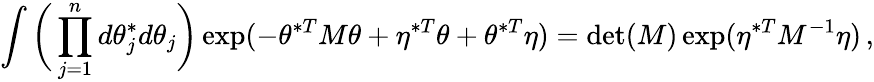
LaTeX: \int\bigg(\prod_{j=1}^{n}d\theta_{j}^{*}d\theta_{j}\bigg)\exp(-\theta^{*T}M\theta+\eta^{*T}\theta+\theta^{*T}\eta)=\operatorname*{det}(M)\exp(\eta^{*T}M^{-1}\eta)\, ,